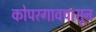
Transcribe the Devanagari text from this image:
कोपरगावपासून